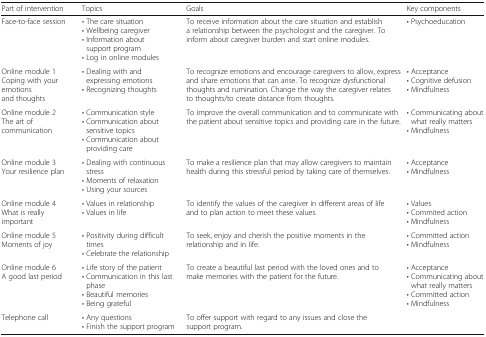
| Part of intervention | Topics | Goals | Key components |
 | --- | --- | --- | --- |
 | Face-to-face session | • The care situation• Wellbeing caregiver• Information about support program• Log in online modules | To receive information about the care situation and establish a relationship between the psychologist and the caregiver. To inform about caregiver burden and start online modules. | • Psychoeducation |
 | Online module 1Coping with your emotions and thoughts | • Dealing with and expressing emotions• Recognizing thoughts | To recognize emotions and encourage caregivers to allow, express and share emotions that can arise. To recognize dysfunctional thoughts and rumination. Change the way the caregiver relates to thoughts/to create distance from thoughts. | • Acceptance• Cognitive defusion• Mindfulness |
 | Online module 2The art of communication | • Communication style• Communication about sensitive topics• Communication about providing care | To improve the overall communication and to communicate with the patient about sensitive topics and providing care in the future. | • Communicating about what really matters• Mindfulness |
 | Online module 3Your resilience plan | • Dealing with continuous stress• Moments of relaxation• Using your sources | To make a resilience plan that may allow caregivers to maintain health during this stressful period by taking care of themselves. | • Acceptance• Mindfulness |
 | Online module 4What is really important | • Values in relationship• Values in life | To identify the values of the caregiver in different areas of life and to plan action to meet these values. | • Values• Commited action• Mindfulness |
 | Online module 5Moments of joy | • Positivity during difficult times• Celebrate the relationship | To seek, enjoy and cherish the positive moments in the relationship and in life. | • Committed action• Mindfulness |
 | Online module 6A good last period | • Life story of the patient• Communication in this last phase• Beautiful memories• Being grateful | To create a beautiful last period with the loved ones and to make memories with the patient for the future. | • Acceptance• Communicating about what really matters• Committed action• Mindfulness |
 | Telephone call | • Any questions• Finish the support program | To offer support with regard to any issues and close the support program. |  |